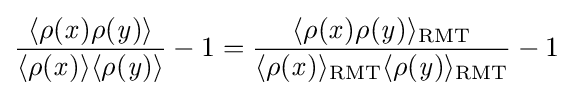
{\frac {\langle \rho ({\mathit {x}})\rho ({\mathit {y}})\rangle }{\langle \rho ({\mathit {x}})\rangle \langle \rho ({\mathit {y}})\rangle }}-1={\frac {\langle \rho ({\mathit {x}})\rho ({\mathit {y}})\rangle _{\operatorname {RMT} }}{\langle \rho ({\mathit {x}})\rangle _{\operatorname {RMT} }\langle \rho ({\mathit {y}})\rangle _{\operatorname {RMT} }}}-1